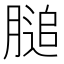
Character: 膇